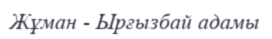
Жұман - Ырғызбай адамы